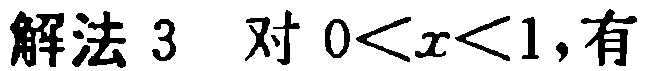
解法 3 对 \(0<x<1\)，有